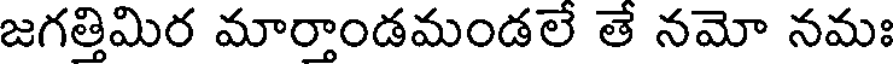
జగత్తిమిర మార్తాండమండలే తే నమో నమః